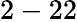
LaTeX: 2-22